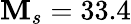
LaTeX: \mathbf{M}_{s}=33.4